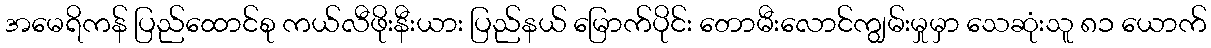
အမေရိကန် ပြည်ထောင်စု ကယ်လီဖိုးနီးယား ပြည်နယ် မြောက်ပိုင်း တောမီးလောင်ကျွမ်းမှုမှာ သေဆုံးသူ ၈၁ ယောက်